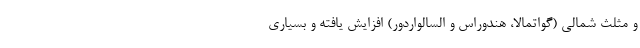
و مثلث شمالی (گواتمالا، هندوراس و السالواردور) افزایش یافته و بسیاری